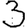
Digit: 3